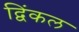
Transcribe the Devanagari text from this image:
द्विंकल